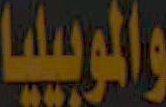
والموبيليا